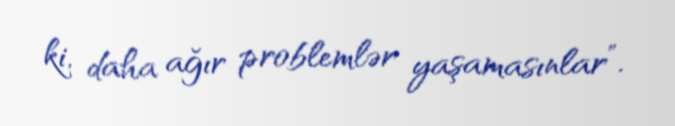
ki, daha ağır problemlər yaşamasınlar”.